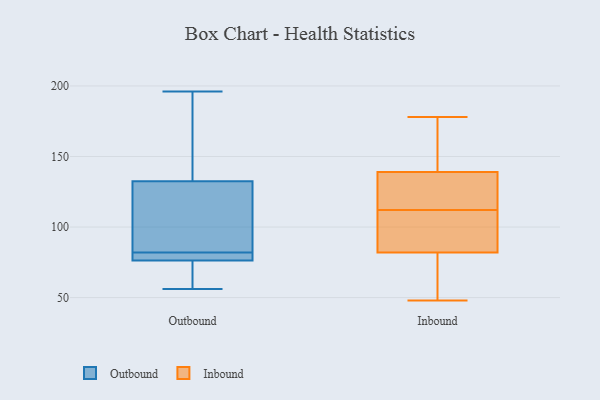
{"axis": {"x": "Operating Costs (USD K)", "y": "Value"}, "legend": ["Inbound", "Outbound"], "data": [{"x": "", "y": 78, "type": "Outbound"}, {"x": "", "y": 68, "type": "Outbound"}, {"x": "", "y": 97, "type": "Outbound"}, {"x": "", "y": 92, "type": "Outbound"}, {"x": "", "y": 131, "type": "Outbound"}, {"x": "", "y": 137, "type": "Outbound"}, {"x": "", "y": 142, "type": "Outbound"}, {"x": "", "y": 82, "type": "Outbound"}, {"x": "", "y": 71, "type": "Outbound"}, {"x": "", "y": 79, "type": "Outbound"}, {"x": "", "y": 196, "type": "Outbound"}, {"x": "", "y": 56, "type": "Outbound"}, {"x": "", "y": 78, "type": "Outbound"}, {"x": "", "y": 178, "type": "Inbound"}, {"x": "", "y": 79, "type": "Inbound"}, {"x": "", "y": 114, "type": "Inbound"}, {"x": "", "y": 129, "type": "Inbound"}, {"x": "", "y": 92, "type": "Inbound"}, {"x": "", "y": 85, "type": "Inbound"}, {"x": "", "y": 110, "type": "Inbound"}, {"x": "", "y": 57, "type": "Inbound"}, {"x": "", "y": 82, "type": "Inbound"}, {"x": "", "y": 126, "type": "Inbound"}, {"x": "", "y": 68, "type": "Inbound"}, {"x": "", "y": 151, "type": "Inbound"}, {"x": "", "y": 123, "type": "Inbound"}, {"x": "", "y": 161, "type": "Inbound"}, {"x": "", "y": 106, "type": "Inbound"}, {"x": "", "y": 139, "type": "Inbound"}, {"x": "", "y": 159, "type": "Inbound"}, {"x": "", "y": 48, "type": "Inbound"}]}